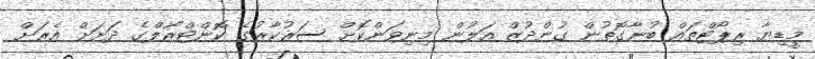
މީޑިޔާ ރިޕޯޓްތައް ބުނާގޮތުން ގުންދުޒް އަލުން މިނިވަންކޮށް ސަރުކާރުގެ ކޮންޓްރޯލްގެ ދަށަށް އެރަށް